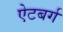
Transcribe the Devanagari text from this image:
ऐटबर्ग